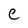
Character: c